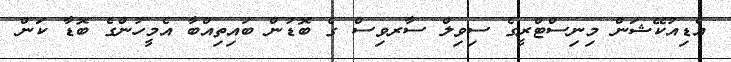
އެޑިއުކޭޝަން މިނިސްޓްރީގެ ސިވިލް ސާރވިސް ގެ ބޮޑުން ބައިތިއްބާ އެމީހުންގެ ބޮޑާ ކަން